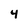
Character: 4